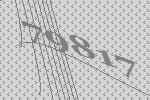
79817